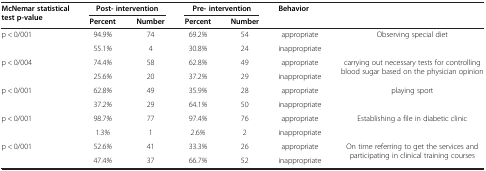
<table><thead><tr><td><b>McNemar statistical test p-value</b></td><td colspan="2"><b>Post- intervention</b></td><td colspan="2"><b>Pre- intervention</b></td><td colspan="2" rowspan="2"><b>Behavior</b></td></tr><tr><td>[EMPTY_CELL]</td><td><b>Percent</b></td><td><b>Number</b></td><td><b>Percent</b></td><td><b>Number</b></td></tr></thead><tbody><tr><td rowspan="2">p &lt; 0/001</td><td>94.9<i>%</i></td><td>74</td><td>69.2<i>%</i></td><td>54</td><td>appropriate</td><td rowspan="2">Observing special diet</td></tr><tr><td>55.1<i>%</i></td><td>4</td><td>30.8<i>%</i></td><td>24</td><td>inappropriate</td></tr><tr><td rowspan="2">p &lt; 0/004</td><td>74.4<i>%</i></td><td>58</td><td>62.8<i>%</i></td><td>49</td><td>appropriate</td><td rowspan="2">carrying out necessary tests for controlling blood sugar based on the physician opinion</td></tr><tr><td>25.6<i>%</i></td><td>20</td><td>37.2<i>%</i></td><td>29</td><td>inappropriate</td></tr><tr><td rowspan="2">p &lt; 0/001</td><td>62.8<i>%</i></td><td>49</td><td>35.9<i>%</i></td><td>28</td><td>appropriate</td><td rowspan="2">playing sport</td></tr><tr><td>37.2<i>%</i></td><td>29</td><td>64.1<i>%</i></td><td>50</td><td>inappropriate</td></tr><tr><td rowspan="2">p &lt; 0/001</td><td>98.7<i>%</i></td><td>77</td><td>97.4<i>%</i></td><td>76</td><td>appropriate</td><td rowspan="2">Establishing a file in diabetic clinic</td></tr><tr><td>1.3<i>%</i></td><td>1</td><td>2.6<i>%</i></td><td>2</td><td>inappropriate</td></tr><tr><td rowspan="2">p &lt; 0/001</td><td>52.6<i>%</i></td><td>41</td><td>33.3<i>%</i></td><td>26</td><td>appropriate</td><td rowspan="2">On time referring to get the services and participating in clinical training courses</td></tr><tr><td>47.4<i>%</i></td><td>37</td><td>66.7<i>%</i></td><td>52</td><td>inappropriate</td></tr></tbody></table>